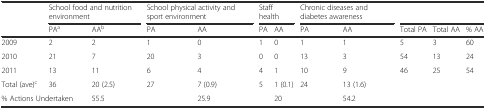
<table><thead><tr><td></td><td colspan="2"><b>School food and nutrition environment</b></td><td colspan="2"><b>School physical activity and sport environment</b></td><td colspan="2"><b>Staff health</b></td><td colspan="2"><b>Chronic diseases and diabetes awareness</b></td><td colspan="3"></td></tr><tr><td></td><td><b>PA<sup>a</sup></b></td><td><b>AA<sup>b</sup></b></td><td><b>PA</b></td><td><b>AA</b></td><td><b>PA</b></td><td><b>AA</b></td><td><b>PA</b></td><td><b>AA</b></td><td><b>Total PA</b></td><td><b>Total AA</b></td><td><b>% AA</b></td></tr></thead><tbody><tr><td>2009</td><td>2</td><td>2</td><td>1</td><td>0</td><td>1</td><td>0</td><td>1</td><td>1</td><td>5</td><td>3</td><td>60</td></tr><tr><td>2010</td><td>21</td><td>7</td><td>20</td><td>3</td><td>0</td><td>0</td><td>13</td><td>3</td><td>54</td><td>13</td><td>24</td></tr><tr><td>2011</td><td>13</td><td>11</td><td>6</td><td>4</td><td>4</td><td>1</td><td>10</td><td>9</td><td>46</td><td>25</td><td>54</td></tr><tr><td>Total (ave)<sup>c</sup></td><td>36</td><td>20 (2.5)</td><td>27</td><td>7 (0.9)</td><td>5</td><td>1 (0.1)</td><td>24</td><td>13 (1.6)</td><td rowspan="2" colspan="3"></td></tr><tr><td colspan="2">% Actions Undertaken</td><td>55.5</td><td></td><td>25.9</td><td></td><td>20</td><td></td><td>54.2</td></tr></tbody></table>